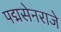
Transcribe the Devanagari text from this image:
पद्मसेनराजे